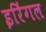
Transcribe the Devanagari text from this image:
इरिंगल